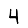
Digit: 4